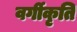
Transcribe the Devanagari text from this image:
वर्गीकृति